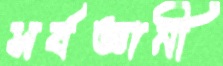
সর্বজ্ঞানী